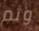
وثم